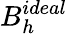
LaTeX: B_{h}^{ideal}